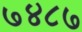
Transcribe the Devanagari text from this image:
७४८७